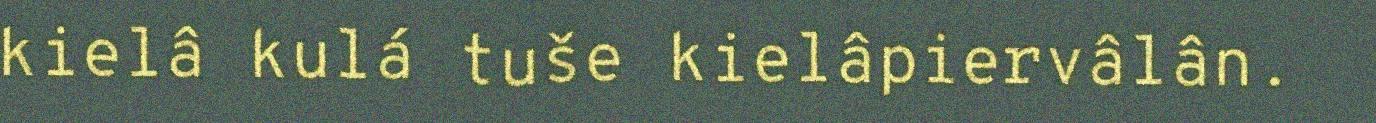
kielâ kulá tuše kielâpiervâlân.